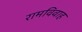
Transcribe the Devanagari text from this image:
रामविवाह